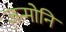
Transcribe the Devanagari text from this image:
जन्मोनि